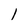
Character: 1